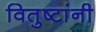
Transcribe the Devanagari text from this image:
वितुष्टांनी